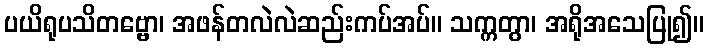
ပယိရုပသိတဗ္ဗော၊ အဖန်တလဲလဲဆည်းကပ်အပ်။ သက္ကတွာ၊ အရိုအသေပြု၍။